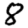
Digit: 8